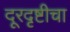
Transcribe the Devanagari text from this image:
दूरदृष्टीचा